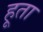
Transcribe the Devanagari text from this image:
हूता